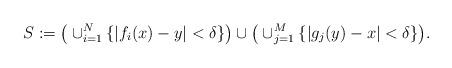
LaTeX: \begin{align*}S:=\big(\cup_{i=1}^N\{|f_i(x)-y|< \delta\}\big)\cup \big(\cup_{j=1}^M\{|g_j(y)-x|< \delta\}\big).\end{align*}